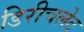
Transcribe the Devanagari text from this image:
डिरीचलेट